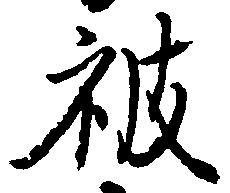
被